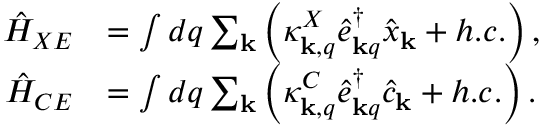
\begin{array} { r l } { \hat { H } _ { X E } } & { = \int d q \sum _ { \mathbf { k } } \left( \kappa _ { { \bf k } , q } ^ { X } \hat { e } _ { { \bf k } q } ^ { \dagger } \hat { x } _ { { \bf k } } + h . c . \right) , } \\ { \hat { H } _ { C E } } & { = \int d q \sum _ { \mathbf { k } } \left( \kappa _ { { \bf k } , q } ^ { C } \hat { e } _ { { \bf k } q } ^ { \dagger } \hat { c } _ { { \bf k } } + h . c . \right) . } \end{array}